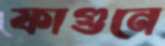
ফাগুনে